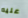
عليه